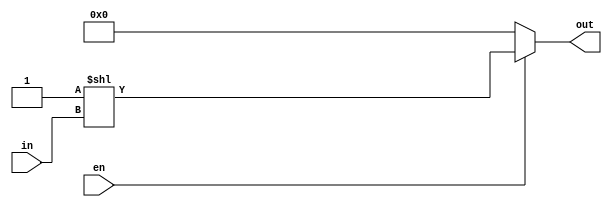
//------------------------------------
// practice 01 3:8 Decoder/contunuous assignment
//------------------------------------

module dec3to8_shift(	out,
			in,
			en	);

output	[7:0]		out	;
input	[2:0]		in	;
input			en	;

assign		out = (en ==1'b1)? 8'd1<<in	:	8'd0	;

endmodule


//-----------------------------------------
// practice 01 3:8 Decoder/case statement
//-----------------------------------------

module dec3to8_case(	out,
			in,
			en);

output	[7:0]		out	;
input	[2:0]		in	;
input			en	;

reg	[7:0]		out	;

always @(*) begin
	if(en == 1'b1)	begin
		case(in)
			3'b000: out = 8'b0000_0001;
			3'b001: out = 8'b0000_0010;
			3'b010: out = 8'b0000_0100;
			3'b011: out = 8'b0000_1000;
			3'b100: out = 8'b0001_0000;
			3'b101: out = 8'b0010_0000;
			3'b110:	out = 8'b0100_0000;
			3'b111: out = 8'b1000_0000;
		endcase
	end else begin
		out = 8'd0	;
	end
end

endmodule

//--------------------------------
// practice 02 D latch
//--------------------------------

module	d_latch(	q,
			d,
			clk,
			rst_n)	;
output		q	;
input		d	;
input		clk	;
input		rst_n	;

reg		q	;

always@(d or clk or rst_n) begin
	if(rst_n == 1'b0) begin
		q <= 1'b0	;
	end else begin
		if(clk == 1'b1) begin
			q <= d	;
		end
	end
end

endmodule

//--------------------------------
// D Flop-Flop/ async & sync
//--------------------------------

module	dff_asyn(	q,
			d,
			clk,
			rst_n	);

output			q	;
input			d	;
input			clk	;
input			rst_n	;

reg			q	;
always @( posedge clk or negedge rst_n	) begin
	if(rst_n == 1'b0) begin
		q	<= 1'b0		;
	end else begin
		q	<= d		;
	end

end

endmodule

//--------
//sync
//-------

module dff_syn(	q,
		d,
		clk,
		rst_n);

output		q	;
input		d	;
input		clk	;
input		rst_n	;

reg		q	;

always @( posedge clk) begin
	if(rst_n == 1'b0) begin
		q <= 1'b0	;
	end else begin
		q <= d		;
	end

end

endmodule